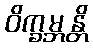
ဝိက္ခမ္ဘန္တိ